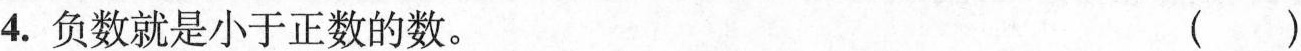
4.负数就是小于正数的数。 ()